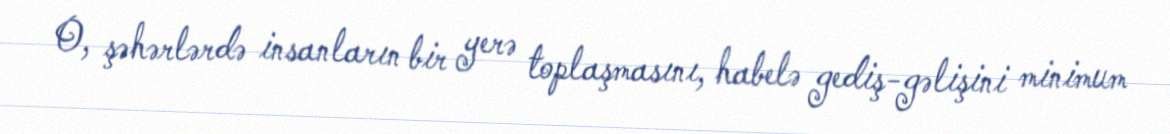
O, şəhərlərdə insanların bir yerə toplaşmasını, habelə gediş-gəlişini minimum